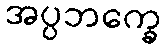
အပ္ပဘက္ခေ